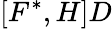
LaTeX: [F^{*},H]D